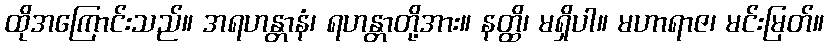
ထိုအကြောင်းသည်။ အရဟန္တာနံ၊ ရဟန္တာတို့အား။ နတ္ထိ၊ မရှိပါ။ မဟာရာဇ၊ မင်းမြတ်။